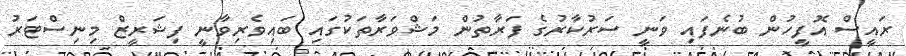
ރައީސް އޮފީހުން ބުނެފައި ވަނީ ސަރުކާރުގެ ފަރާތުން މަޝްވަރާތަކުގައި ބައިވެރިވާނީ ފިޝަރީޒް މިނިސްޓަރު